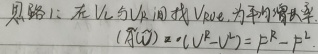
思路：在$V_{L}$与$V_{R}$间找$V_{0}$，为平均损失率。
\[
(\vec{A}(\vec{r}))\cdot(\vec{V}_{L}-\vec{V}_{R}) = p_{R}^{k}-p_{L}^{k}
\]